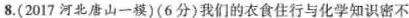
8.(2017河北唐山一模)(6分)我们的衣食住行与化学知识密不